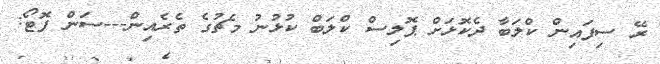
ރޭ ސިފައިން ކްލަބާ ދެކޮޅަށް ޕޮލިސް ކްލަބް ކުޅުނު މެޗުގެ ތެރެއިން---ސަން ފޮޓޯ: